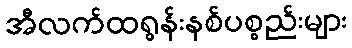
အီလက်ထရွန်းနစ်ပစ္စည်းများ